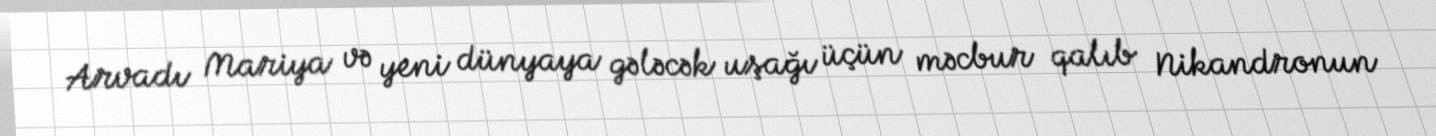
Arvadı Mariya və yeni dünyaya gələcək uşağı üçün məcbur qalıb Nikandronun